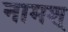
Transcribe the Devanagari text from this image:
नामश्